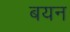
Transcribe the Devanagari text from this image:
बयन